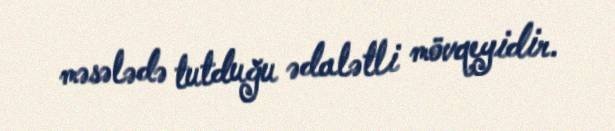
məsələdə tutduğu ədalətli mövqeyidir.